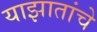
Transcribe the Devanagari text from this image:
याझातांचे